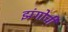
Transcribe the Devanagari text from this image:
झंगोची